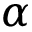
\alpha